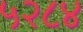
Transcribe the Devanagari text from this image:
५२८४